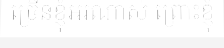
ច្រើនខ្ញុំអរណាស់ ព្រោះខ្ញុំ